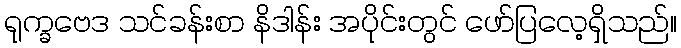
ရုက္ခဗေဒ သင်ခန်းစာ နိဒါန်း အပိုင်းတွင် ဖော်ပြလေ့ရှိသည်။